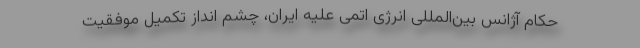
حکام آژانس بین‌المللی انرژی اتمی علیه ایران، چشم انداز تکمیل موفقیت